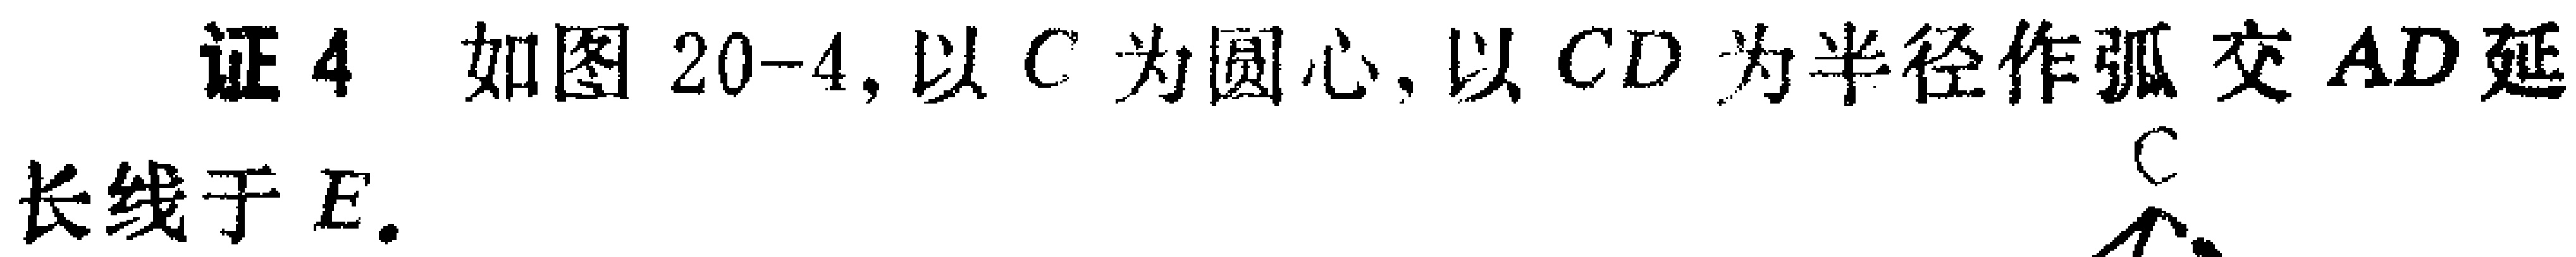
证4 如图20-4, 以\(C\)为圆心, 以\(CD\)为半径作弧交\(AD\)延长线于\(E\).